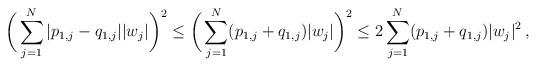
LaTeX: \begin{align*}\bigg(\sum_{j=1}^N |p_{1,j}-q_{1,j}||w_j|\bigg)^2 \le \bigg(\sum_{j=1}^N (p_{1,j} + q_{1,j})|w_j|\bigg)^2 \le 2 \sum_{j=1}^N (p_{1,j} + q_{1,j}) |w_j|^2 \,, \end{align*}